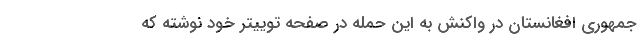
جمهوری افغانستان در واکنش به این حمله در صفحه توییتر خود نوشته که